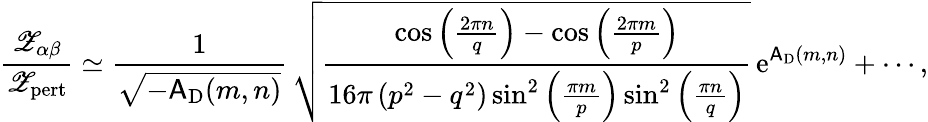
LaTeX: \frac{{\mathscr Z}_{\alpha\beta}}{{\mathscr Z}_{\mathrm{pert}}}\simeq\frac{1}{\sqrt{-\mathsf{A}_{\mathrm{D}}(m,n)}}\, \sqrt{\frac{\cos\left(\frac{2\pi n}{q}\right)-\cos\left(\frac{2\pi m}{p}\right)}{16\pi\left(p^{2}-q^{2}\right)\sin^{2}\left(\frac{\pi m}{p}\right)\sin^{2}\left(\frac{\pi n}{q}\right)}}\, {\mathrm{e}}^{\mathsf{A}_{\mathrm{D}}(m,n)}+\cdots,